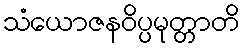
သံယောဇနဝိပ္ပမုတ္တာတိ